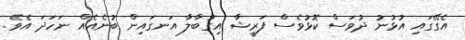
އެގޭގައި އުޅުނު ދުވަސް ކޮޅުވެސް ފަރީޝާ އިގުބާލާ އަނގައިން ބުނެއެއް ނަހަދަ އެވެ.